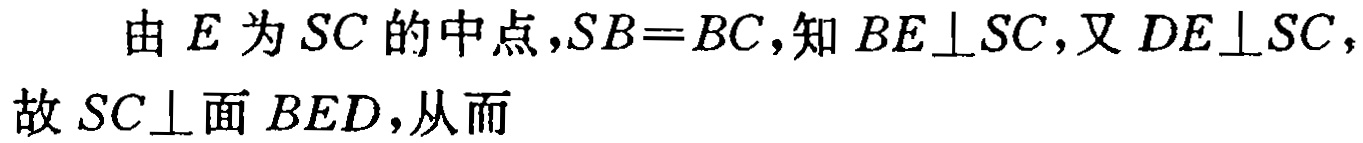
由\(E\)为\(SC\)的中点，\(SB = BC\)，知\(BE\perp SC\)，又\(DE\perp SC\)，故\(SC\perp\)面\(BED\)，从而